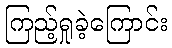
ကြည့်ရှုခဲ့ကြောင်း